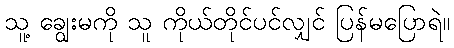
သူ့ ချွေးမကို သူ ကိုယ်တိုင်ပင်လျှင် ပြန်မပြောရဲ။